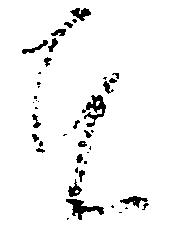
者